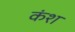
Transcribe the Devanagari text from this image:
कंश